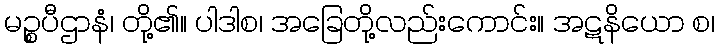
မဉ္စပီဌာနံ၊ တို့၏။ ပါဒါစ၊ အခြေတို့လည်းကောင်း။ အဋနိယော စ၊